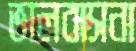
ভালবাসনা